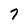
Character: 7